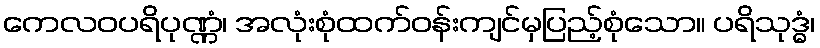
ကေလဝပရိပုဏ္ဏံ၊ အလုံးစုံထက်ဝန်းကျင်မှပြည့်စုံသော။ ပရိသုဒ္ဓံ၊